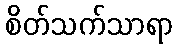
စိတ်သက်သာရာ